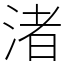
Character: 渚